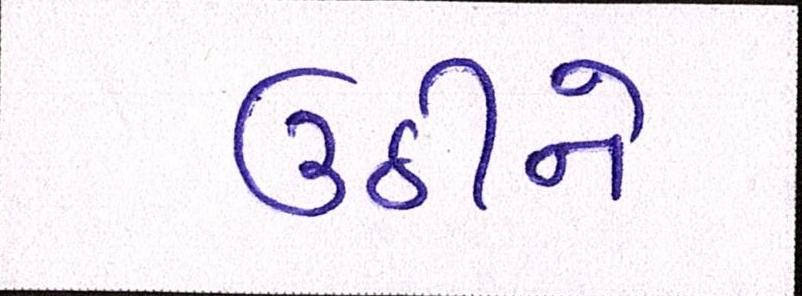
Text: ઉઠીને